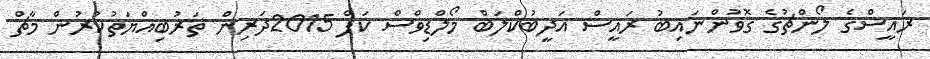
ރައީސްގެ ލޯންޗުގެ ގޮވުންނައިބު ރައީސް އަދީބުކްލަބް މޯލްޑިވްސް ކަޕް 2015ދަރިން ތަރުބިއްޔަތުކުރުން މާޗް